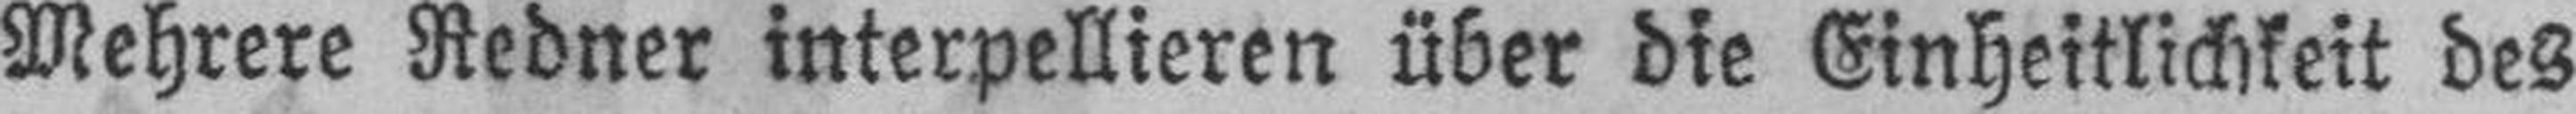
Mehrere Redner interpellieren über die Einheitlichkeit des